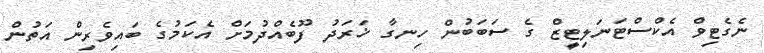
ނެގެޓިވް އެކްސްޓަނަލިޓީޒް ގެ ސަބަބުން ހިނގާ ޚަރަދު ފޫބެއްދުމަށް އެކަމުގެ ބައިވެރިން އަތުން